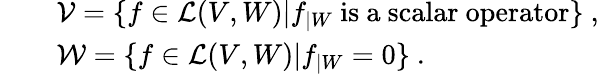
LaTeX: \begin{array}{rcl}{{}}&{{}}&{{{\cal V}=\{ f\in{\cal L}(V,W)\vert f_{|W}~\mathrm{is~a~scalar~operator}\} ~,}}\\ {{}}&{{}}&{{{\cal W}=\{ f\in{\cal L}(V,W)\vert f_{|W}=0\} ~.}}\end{array}